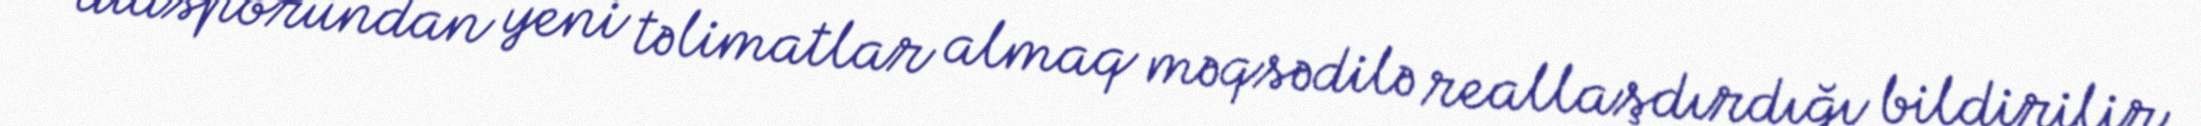
diasporundan yeni təlimatlar almaq məqsədilə reallaşdırdığı bildirilir.